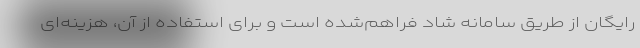
رایگان از طریق سامانه شاد فراهم‌شده است و برای استفاده از آن، هزینه‌ای